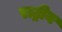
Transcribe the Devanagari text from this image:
राट्रीय